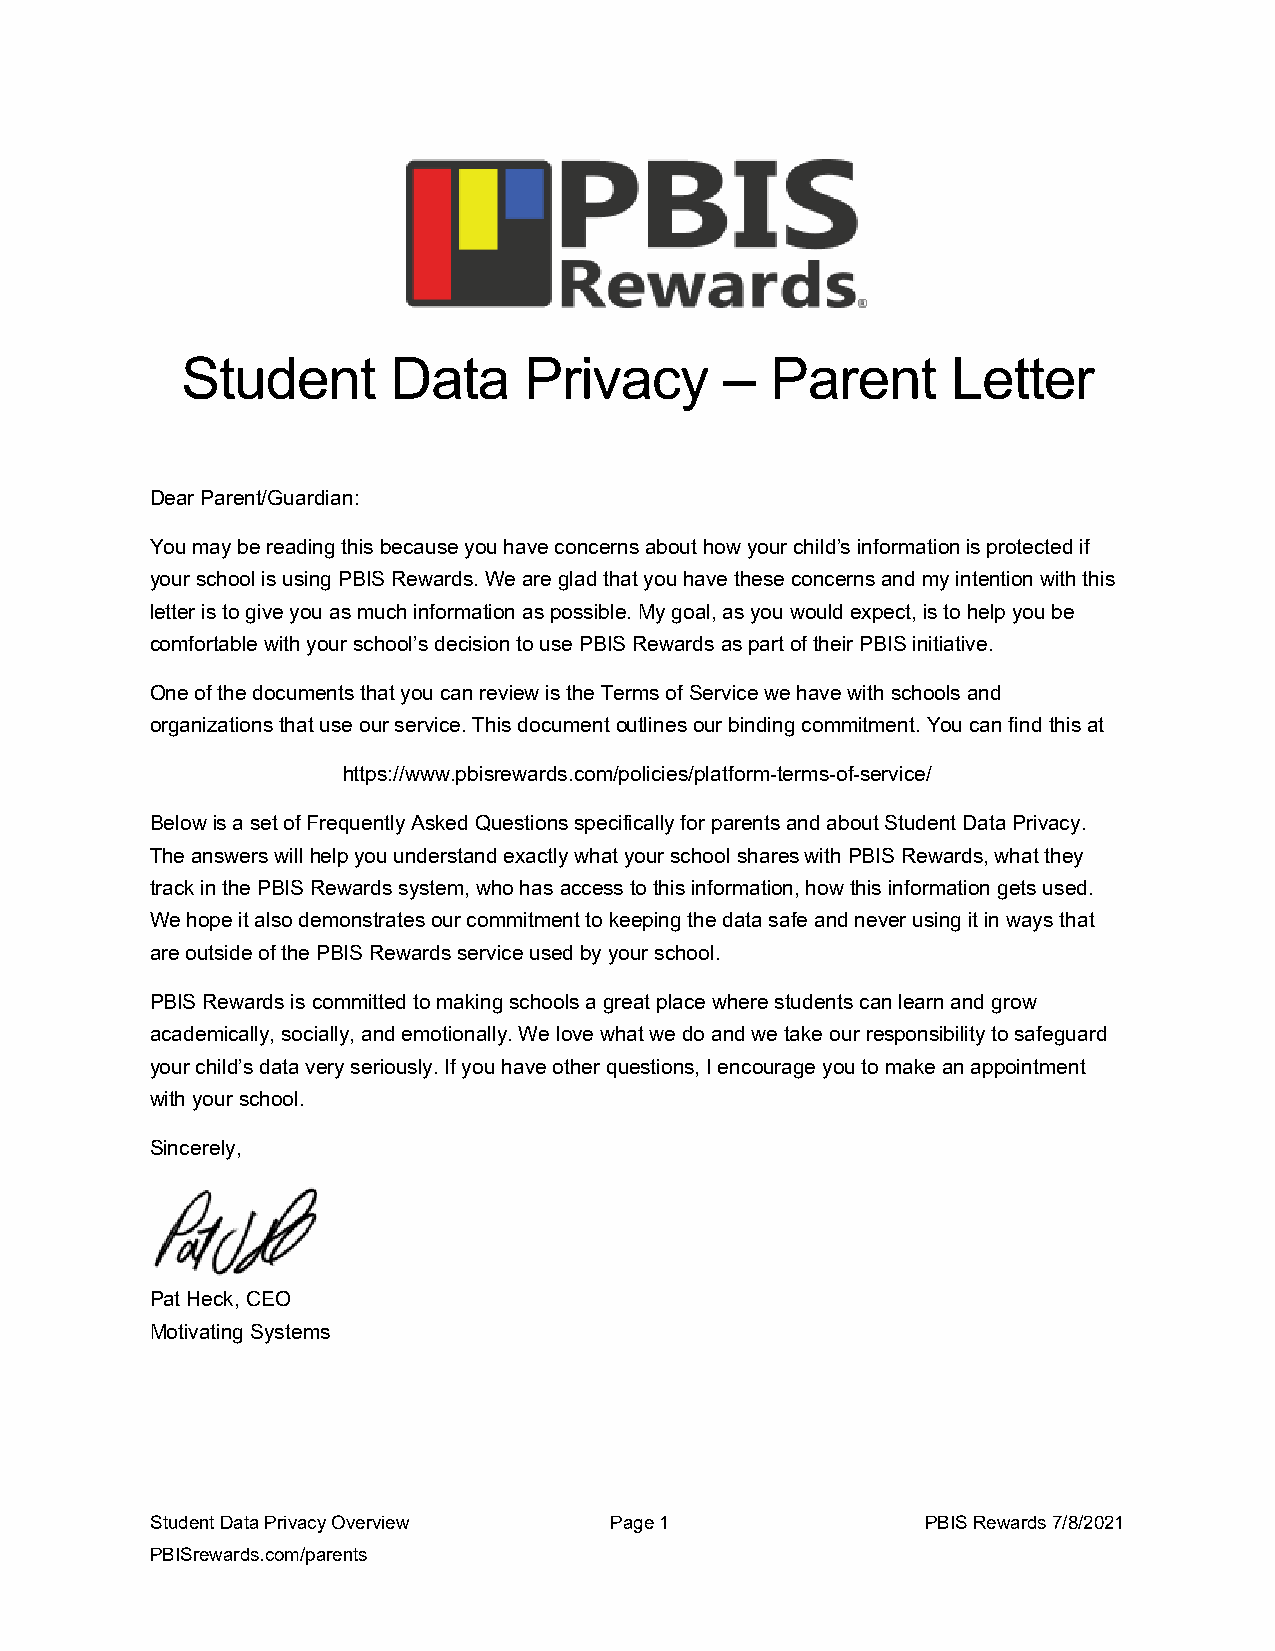
Student       Data     Privacy      –  Parent      Letter
 Dear Parent/Guardian:
 You may be reading this because you have concerns about how your child’s information is protected if
 your school is using PBIS Rewards. We are glad that you have these concerns and my intention with this
 letter is to give you as much information as possible. My goal, as you would expect, is to help you be
 comfortable with your school’s decision to use PBIS Rewards as part of their PBIS initiative.
 One of the documents that you can review is the Terms of Service we have with schools and
 organizations that use our service. This document outlines our binding commitment. You can find this at
 https://www.pbisrewards.com/policies/platform-terms-of-service/
 Below is a set of Frequently Asked Questions specifically for parents and about Student Data Privacy.
 The answers will help you understand exactly what your school shares with PBIS Rewards, what they
 track in the PBIS Rewards system, who has access to this information, how this information gets used.
 We hope it also demonstrates our commitment to keeping the data safe and never using it in ways that
 are outside of the PBIS Rewards service used by your school.
 PBIS Rewards is committed to making schools a great place where students can learn and grow
 academically, socially, and emotionally. We love what we do and we take our responsibility to safeguard
 your child’s data very seriously. If you have other questions, I encourage you to make an appointment
 with your school.
 Sincerely,
 Pat Heck, CEO
 Motivating Systems
 Student Data Privacy Overview Page 1               PBIS Rewards 7/8/2021
 PBISrewards.com/parents